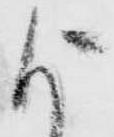
よ